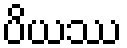
ပိယဿ